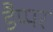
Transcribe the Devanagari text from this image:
डैप्पर